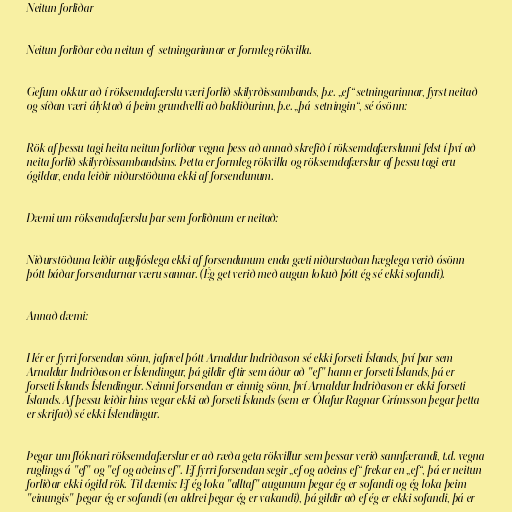
Neitun forliðar

Neitun forliðar eða neitun ef-setningarinnar er formleg rökvilla.

Gefum okkur að í röksemdafærslu væri forlið skilyrðissambands, þ.e. „ef“ setningarinnar, fyrst neitað
og síðan væri ályktað á þeim grundvelli að bakliðurinn, þ.e. „þá-setningin“, sé ósönn:

Rök af þessu tagi heita neitun forliðar vegna þess að annað skrefið í röksemdafærslunni felst í því að
neita forlið skilyrðissambandsins. Þetta er formleg rökvilla og röksemdafærslur af þessu tagi eru
ógildar, enda leiðir niðurstöðuna ekki af forsendunum.

Dæmi um röksemdafærslu þar sem forliðnum er neitað:

Niðurstöðuna leiðir augljóslega ekki af forsendunum enda gæti niðurstaðan hæglega verið ósönn
þótt báðar forsendurnar væru sannar. (Ég get verið með augun lokuð þótt ég sé ekki sofandi).

Annað dæmi:

Hér er fyrri forsendan sönn, jafnvel þótt Arnaldur Indriðason sé ekki forseti Íslands, því þar sem
Arnaldur Indriðason er Íslendingur, þá gildir eftir sem áður að "ef" hann er forseti Íslands, þá er
forseti Íslands Íslendingur. Seinni forsendan er einnig sönn, því Arnaldur Indriðason er ekki forseti
Íslands. Af þessu leiðir hins vegar ekki að forseti Íslands (sem er Ólafur Ragnar Grímsson þegar þetta
er skrifað) sé ekki Íslendingur.

Þegar um flóknari röksemdafærslur er að ræða geta rökvillur sem þessar verið sannfærandi, t.d. vegna
ruglings á "ef" og "ef og aðeins ef". Ef fyrri forsendan segir „ef og aðeins ef“ frekar en „ef“, þá er neitun
forliðar ekki ógild rök. Til dæmis: Ef ég loka "alltaf" augunum þegar ég er sofandi og ég loka þeim
"einungis" þegar ég er sofandi (en aldrei þegar ég er vakandi), þá gildir að ef ég er ekki sofandi, þá er